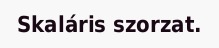
Skaláris szorzat.